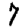
Digit: 7